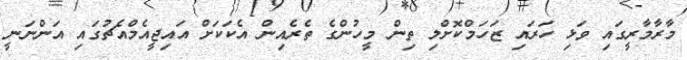
މާރާމާރީގައި ވަޅި ހަރައި ޒަހަމްކޮށްލި ތިން މީހުންގެ ތެރެއިން އެކަކަށް އައިޖީއެމްއެޗުގައި އަންނަނީ